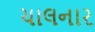
ચાલનાર